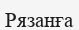
Рязанға